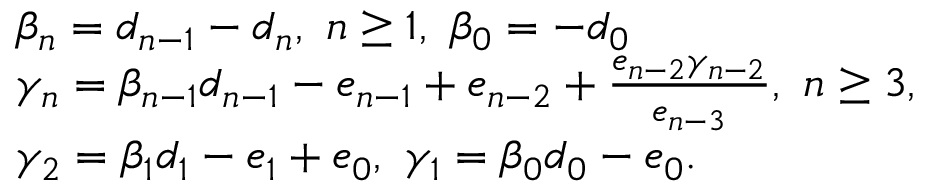
\begin{array} { r l } & { \beta _ { n } = d _ { n - 1 } - d _ { n } , ~ n \geq 1 , ~ \beta _ { 0 } = - d _ { 0 } } \\ & { \gamma _ { n } = \beta _ { n - 1 } d _ { n - 1 } - e _ { n - 1 } + e _ { n - 2 } + \frac { e _ { n - 2 } \gamma _ { n - 2 } } { e _ { n - 3 } } , ~ n \geq 3 , } \\ & { \gamma _ { 2 } = \beta _ { 1 } d _ { 1 } - e _ { 1 } + e _ { 0 } , ~ \gamma _ { 1 } = \beta _ { 0 } d _ { 0 } - e _ { 0 } . } \end{array}